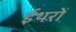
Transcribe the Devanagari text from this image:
ईथरों